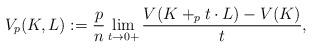
LaTeX: \begin{align*} V_p(K,L) := \frac{p}{n} \lim_{t \rightarrow 0+} \frac{V(K +_p t \cdot L) - V(K)}{t} ,\end{align*}